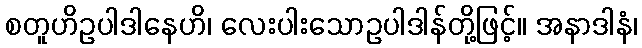
စတူဟိဥပါဒါနေဟိ၊ လေးပါးသောဥပါဒါန်တို့ဖြင့်။ အနာဒါနံ၊